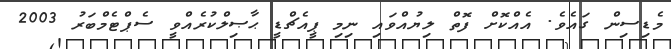
މެޑިސިން ގައެވެ. އެއްކޮށް ފޮތް ލިޔުއްވައި ނިމި ޕީއެޗްޑީ ޙާޞިލްކުރެއްވީ ސެޕްޓެމްބަރު 2003